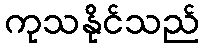
ကုသနိုင်သည်